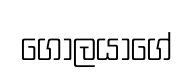
ගෝලයාගේ